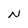
Character: N